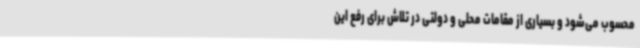
محسوب می‌شود و بسیاری از مقامات محلی و دولتی در تلاش برای رفع این